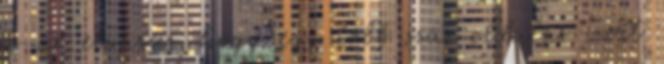
is az elvárás, hogy egy több száz oldalas írott